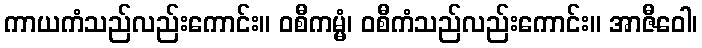
ကာယကံသည်လည်းကောင်း။ ဝစီကမ္မံ၊ ဝစီကံသည်လည်းကောင်း။ အာဇီဝေါ၊